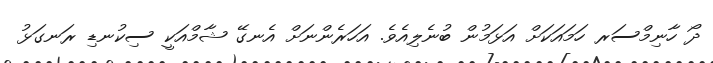
ދޯ ހާނިމްސަރ ހަމައަކަށް އަޅަމުން ބުނެލިއެވެ. އަހަރެންނަށް އެނގޭ ޝާމްއަކީ ސިކުނޑި ރަނގަޅު